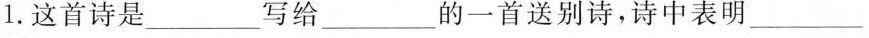
1.这首诗是___写给___的一首送别诗，诗中表明___